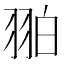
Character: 𦐚